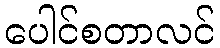
ပေါင်စတာလင်